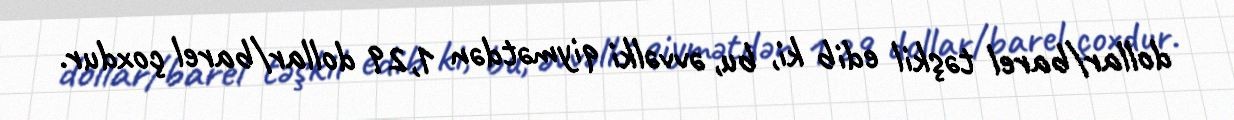
dollar/barel təşkil edib ki, bu, əvvəlki qiymətdən 1,29 dollar/barel çoxdur.